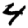
Digit: 4